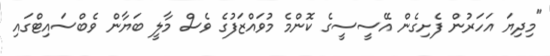
"މިދިޔަ އަހަރުން ފެށިގެން އޭސީސީގެ ކޮންމެ މުވައްޒަފުގެ ވެސް މާލީ ބަޔާން ވެބްސައިޓްގައި